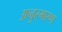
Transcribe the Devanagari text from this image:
अनुस्मरण